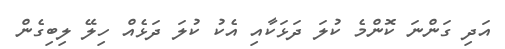
އަދި ގަންނަ ކޮންމެ ކުލަ ދަޅަކާއި އެކު ކުލަ ދަޅެއް ހިލޭ ލިބިގެން